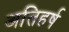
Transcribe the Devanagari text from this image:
अतिहर्ष